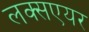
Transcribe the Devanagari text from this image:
लक्सएयर